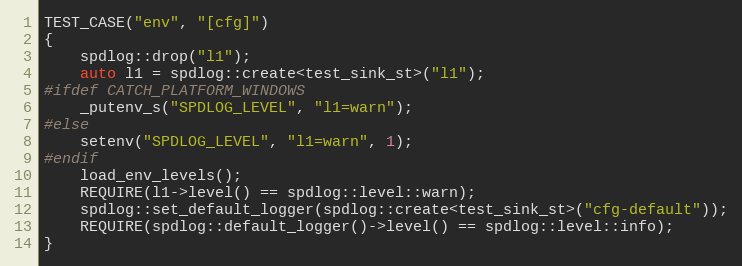
Language: C++
TEST_CASE("env", "[cfg]")
{
    spdlog::drop("l1");
    auto l1 = spdlog::create<test_sink_st>("l1");
#ifdef CATCH_PLATFORM_WINDOWS
    _putenv_s("SPDLOG_LEVEL", "l1=warn");
#else
    setenv("SPDLOG_LEVEL", "l1=warn", 1);
#endif
    load_env_levels();
    REQUIRE(l1->level() == spdlog::level::warn);
    spdlog::set_default_logger(spdlog::create<test_sink_st>("cfg-default"));
    REQUIRE(spdlog::default_logger()->level() == spdlog::level::info);
}